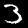
Label: 3